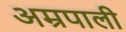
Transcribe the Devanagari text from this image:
अम्रपाली